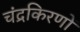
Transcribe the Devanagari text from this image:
चंद्रकिरणों